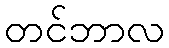
တင်ဘာလ